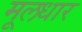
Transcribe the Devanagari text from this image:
मूलधार